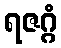
ရဇဂ္ဂံ